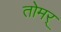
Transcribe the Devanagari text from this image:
तोमर्